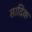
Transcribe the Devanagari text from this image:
सादिक